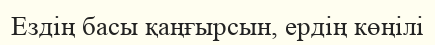
Ездің басы қаңғырсын, ердің көңілі